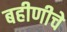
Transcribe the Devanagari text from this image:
बहीणीचे